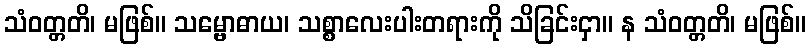
သံဝတ္တတိ၊ မဖြစ်။ သမ္ဗောဓာယ၊ သစ္စာလေးပါးတရားကို သိခြင်းငှာ။ န သံဝတ္တတိ၊ မဖြစ်။